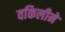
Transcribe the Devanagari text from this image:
वकिलीने